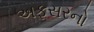
અફસરનો